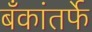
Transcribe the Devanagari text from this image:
बँकांतर्फे